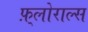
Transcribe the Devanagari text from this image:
फ़्लोराल्स